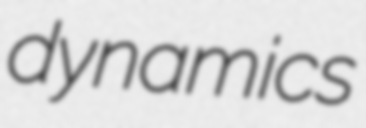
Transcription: dynamics